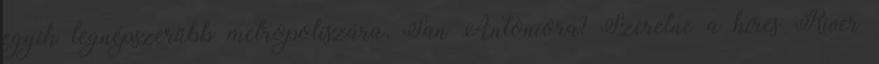
egyik legnépszerűbb metropoliszára, San Antoniora? Szeretne a híres River